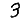
Digit: 3